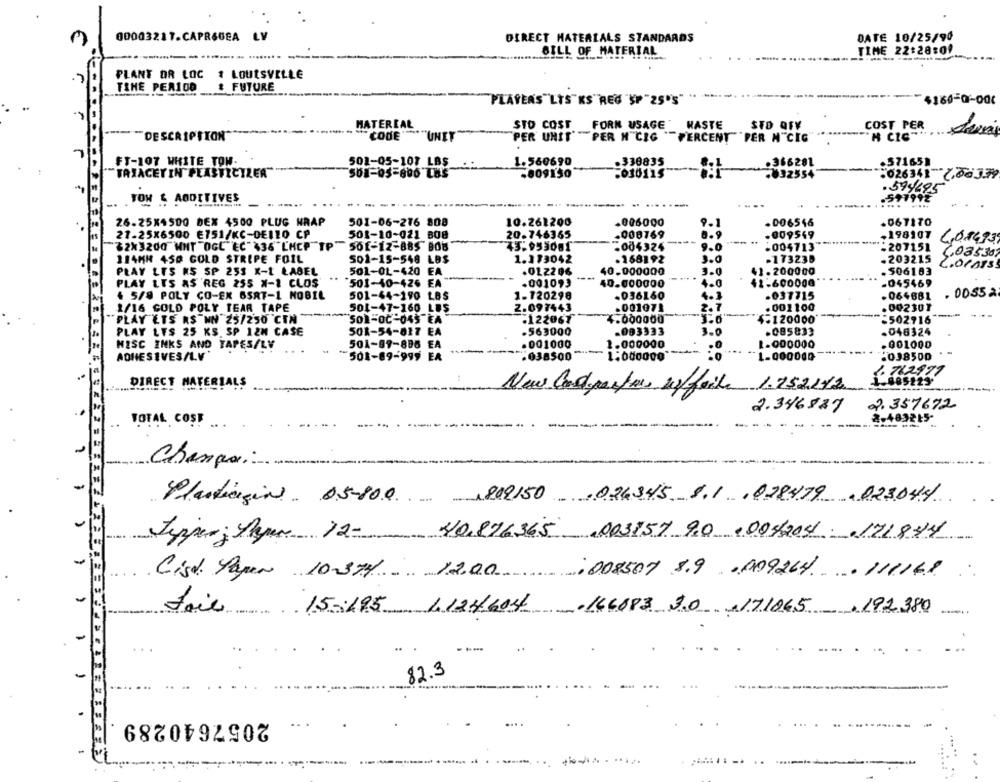
00003217.CAPRSUEA LV
DIRECT MATERIALS STANDARDS
DATE 10/25/90
BILL OF MATERIAL
TIME 22:28:09
PLANT OR LOC
1 LOUISVILLE
TIME PER100
& FUTURE
"PLAYERS"LYS KS REG "SP "25'S"
$160-0-000
HATEREAL
STO COST
FORN USAGE
KASTE
STO QFV
COST PER
----
DESCRIPTION
CODE'
"UNEY
PER UNIT "PER H" CIG "PERCENT""PER N"CIG
H CIC"
FT-107 WHITE TOW.
501-05-107 LBS
1.560690
.338835
.366281
.57165]
TAXACET IN PLASTICTZER
508-05-800 L85
-809150
.030115
-632554
.026341 7,86339
.594695
TON & ADDITIVES
-
.....
---
....
.591992
26.25X4500 DEX 4500 PLUG WRAP
501-06-276 808
10.261200
-006000
9-1
.006546
.06TITO
21-25X6500 E751/KC-DE110 CP
501-10-021 808
20.746365
.008769
8.9
.009549
-198107
32x3200 WHT OGL EC" 436"L'HCP TP"
50f-12-885 808
45.953001
-004324
9.0
.004713
-207151
114MH 450 GOLD STRIPE FOIL
1.183042
.168192
3.0
-173238
-203215
608530
501-15-548 LBS
LOCAIS!
PLAY LES KS SP 253 X-1 ŁABEL
501-0L-420 EA
.0LZ206
40.000000
3.0
41.200000
. 506183
... .
PLAY LES AS 'REG 255 X-1 CLOS
501-10-426 EA
.0010,3
40.000000
4.0
$1-600000
-045469
. 5/8 POLY CO-EX 6SAT-1 NOBIL
501-44-190 LBS
1.120298
-036160
4.3
.037715
-064681
. 0055 a
1/16 COLD POLY TEAR TAPE
501-47-160 LEŞ
2.097443
.001071
2.7
.001100
.00230}
PLAY ETS RS WN 25/250 CTN
SOL-OC-045 EA
.122067
4.000000
-120000
-502916
PLAY LES 25 KS. SP 12M CASE
50R-54-817 EA
.563000
.093333
3.0
.085833
.048324
501-99-886 EA
.001000
1.000000
1.000000
.001000
MISC INKS AND TAPES/LV
ADHESIVES/L.V
501-89-999 EA
.038500
1.000000
1-000000
-038500
122977
DIRECT MATERIALS
New Codporfers uffaile 1.7521/2
2. 357672
2.346827
2.483215*
TOTAL COST ...
Change:
Plasticgine 05-800 ,809150 024345 8.1 ,028479 , 023044
40,876365 003157 90 , 004204 .171844
Jepper ; Mayan 12-
Cist. Paper 10-374
008507 8.9 .099264.111161
.:
15-195 1 124604 -166083 3.0 171065,192380
82.3
2057640289